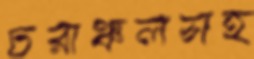
চরাঞ্চলসহ